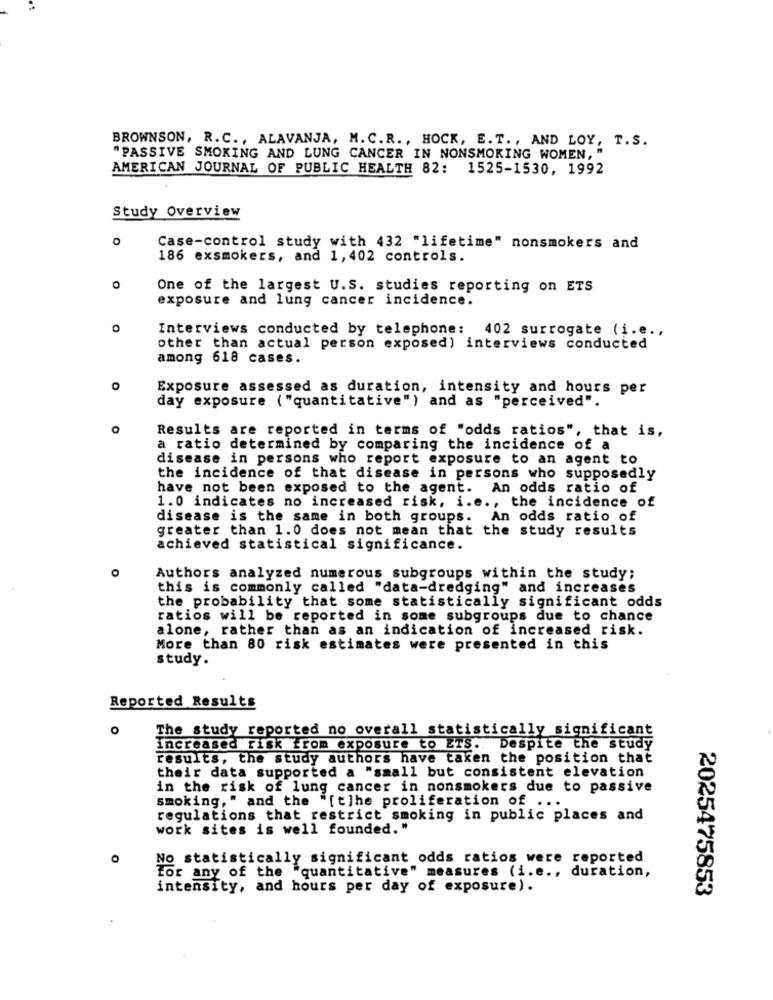
BROWNSON, R. C ., ALAVANJA, M. C.R ., HOCK, E. T ., AND LOY, T.S.
"PASSIVE SMOKING AND LUNG CANCER IN NONSMOKING WOMEN, "
AMERICAN JOURNAL OF PUBLIC HEALTH 82: 1525-1530, 1992
Study Overview
Case-control study with 432 "lifetime" nonsmokers and
186 exsmokers, and 1,402 controls.
O
One of the largest U.S. studies reporting on ETS
exposure and lung cancer incidence.
Interviews conducted by telephone: 402 surrogate (i.e .,
other than actual person exposed) interviews conducted
among 618 cases.
Exposure assessed as duration, intensity and hours per
day exposure ( "quantitative") and as "perceived".
Results are reported in terms of "odds ratios", that is,
a ratio determined by comparing the incidence of a
disease in persons who report exposure to an agent to
the incidence of that disease in persons who supposedly
have not been exposed to the agent. An odds ratio of
1.0 indicates no increased risk, i.e ., the incidence of
disease is the same in both groups. An odds ratio of
greater than 1.0 does not mean that the study results
achieved statistical significance.
O
Authors analyzed numerous subgroups within the study;
this is commonly called "data-dredging" and increases
the probability that some statistically significant odds
ratios will be reported in some subgroups due to chance
alone, rather than as an indication of increased risk.
More than 80 risk estimates were presented in this
study.
Reported Results
o
The study reported no overall statistically significant
increased risk from exposure to ETS. Despite the study
results, the study authors have taken the position that
their data supported a "small but consistent elevation
in the risk of lung cancer in nonsmokers due to passive
smoking, " and the "[t]he proliferation of ...
regulations that restrict smoking in public places and
work sites is well founded."
No statistically significant odds ratios were reported
for any of the "quantitative" measures (i.e ., duration,
intensity, and hours per day of exposure).
2025475853